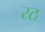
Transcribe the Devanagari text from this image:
रठ